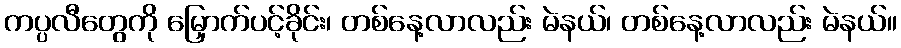
ကပ္ပလီတွေကို မြှောက်ပင့်ခိုင်း၊ တစ်နေ့လာလည်း မဲနယ်၊ တစ်နေ့လာလည်း မဲနယ်။